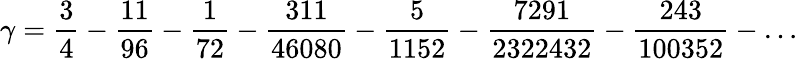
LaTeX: \gamma={\frac{3}{4}}-{\frac{11}{96}}-{\frac{1}{72}}-{\frac{311}{46080}}-{\frac{5}{1152}}-{\frac{7291}{2322432}}-{\frac{243}{100352}}-\ldots